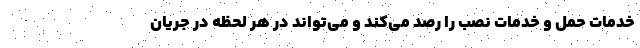
خدمات حمل و خدمات نصب را رصد می‌کند و می‌تواند در هر لحظه در جریان